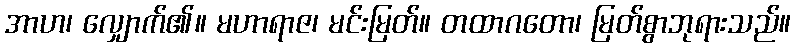
အာဟ၊ လျှောက်၏။ မဟာရာဇ၊ မင်းမြတ်။ တထာဂတော၊ မြတ်စွာဘုရားသည်။